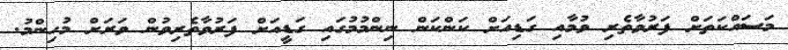
މަސައްކަތަށް ފަރުވާތެރި ވުމާއި ގަޑިއަށް ކަންކަން ނިންމުމުގައި ގަޑީއަށް ފަރުވާތެރިވުން ވަރަށް މުހިންމު.